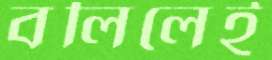
বলিলেই